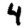
Digit: 4